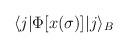
LaTeX: \begin{align*}\langle j| \Phi[x(\sigma)] | j\rangle_B\end{align*}